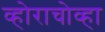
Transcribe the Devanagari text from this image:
व्होराचोव्हा